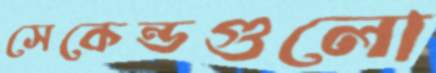
সেকেন্ডগুলো